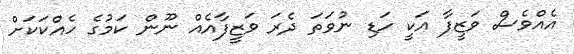
އެއްވެސް ވަޒީފާ އަކީ ހަޑި ނުވަތަ ދެރަ ވަޒީފާއެއް ނޫން ކަމުގެ ހެއްކަކަށް